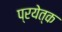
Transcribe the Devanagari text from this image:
प्रयेत्क